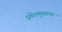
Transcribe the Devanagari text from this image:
प्रवेशमुखावर